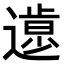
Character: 𨖸